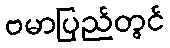
ဗမာပြည်တွင်